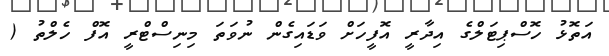
އަތޮޅު ހޮސްޕިޓަލްގެ އިދާރީ އޮފީހަށް ވަޑައިގެން ނުވަތަ މިނިސްޓްރީ އޮފް ހެލްތު (